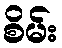
စိမ်း